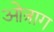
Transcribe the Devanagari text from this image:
ओत्राग